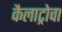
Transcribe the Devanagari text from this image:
कैलाट्रोवा